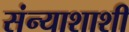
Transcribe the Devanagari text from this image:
संन्याशाशी